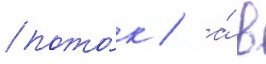
пото́к / а́ в